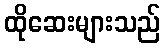
ထိုဆေးများသည်